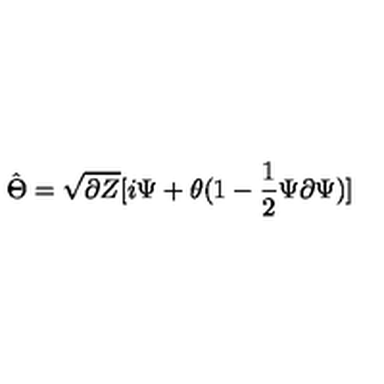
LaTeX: \hat { \Theta } = \sqrt { \partial Z } [ i \Psi + \theta ( 1 - \frac { 1 } { 2 } \Psi \partial \Psi ) ]